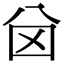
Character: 𠔋